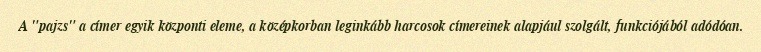
A "pajzs" a címer egyik központi eleme, a középkorban leginkább harcosok címereinek alapjául szolgált, funkciójából adódóan.